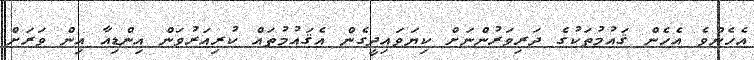
އެހެންވެ އެހެން ޤައުމުތަކުގެ ދަރިވަރުންނަށް ކިޔަވައިދީގެން އެޤައުމުތައް ކުރިއަރުވަން އިންޑިއާ އިން ވަރަށް